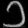
Digit: ၁